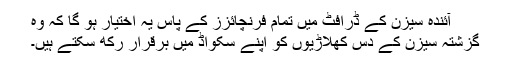
آئندہ سیزن کے ڈرافٹ میں تمام فرنچائزز کے پاس یہ اختیار ہو گا کہ وہ
گزشتہ سیزن کے دس کھلاڑیوں کو اپنے سکواڈ میں برقرار رکھ سکتے ہیں۔